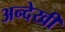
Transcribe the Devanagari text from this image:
अन्देखी